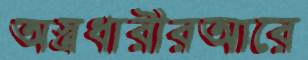
অস্ত্রধারীরআরে